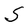
Character: S